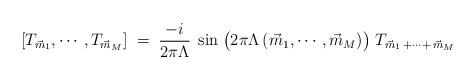
LaTeX: \begin{align*}[T_{\vec m_1},\cdots, T_{\vec m_M}]\;=\;\frac{-i}{2\pi\Lambda}\;\sin\;\bigl(2\pi\Lambda\,(\vec m_1,\cdots,\vec m_M)\big)\; T_{\vec m_1\,+\cdots+\,\vec m_M}\end{align*}